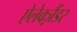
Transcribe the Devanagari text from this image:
ऐलेक्ज़ैंडर